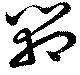
箱